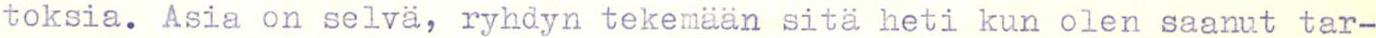
toksia. Asia on selvä, ryhdyn tekemään sitä heti kun olen saanut tar-